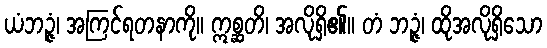
ယံဘဉ္ဇံ၊ အကြင်ရတနာကို။ ဣစ္ဆတိ၊ အလိုရှိ၏။ တံ ဘဉ္ဇံ၊ ထိုအလိုရှိသော